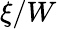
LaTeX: \xi/W